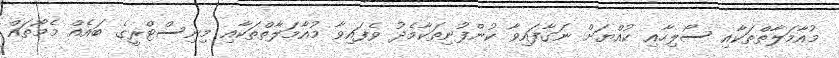
މުއާމަލާތްތަކާއި ސޯލިހާއި ކުއްޔަށް ނަގާފައިވާ ކުންފުނިތަކާމެދު ވެފައިވާ މުއާމަލާތްތަކާއި މިނިސްޓްރީގެ ބައެއް މެމޯތައް